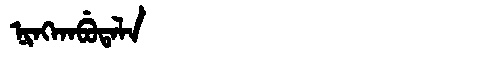
Manchu: ᠨᡳᠩᡴᠠᠪᡠᡨᠠᠯᠠ
Romanization: NINGKABUTALA